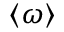
\langle \omega \rangle